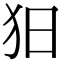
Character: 𤝍